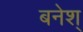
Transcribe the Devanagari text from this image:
बनेश्